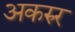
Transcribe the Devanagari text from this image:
अकरुर